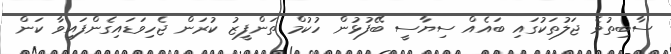
ސާބިތުވެ ޖަލުތަކުގައި ބައެއް ސިޔާސީ ބޭފުޅުން ހުކުމް ތަންފީޒު ކުރަން ޖެހިވަޑައިގެންފައިވާ ކަން